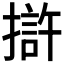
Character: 𭢒